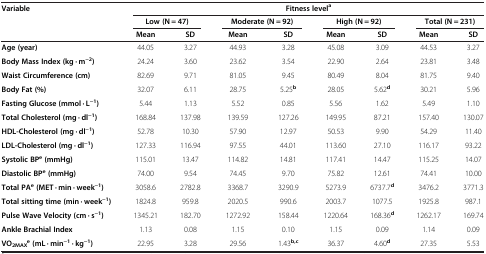
<table><thead><tr><td><b>Variable</b></td><td colspan="8"><b>Fitness level<sup>a</sup></b></td></tr><tr><td><b> </b></td><td colspan="2"><b>Low (N = 47)</b></td><td colspan="2"><b>Moderate (N = 92)</b></td><td colspan="2"><b>High (N = 92)</b></td><td colspan="2"><b>Total (N = 231)</b></td></tr><tr><td><b> </b></td><td><b>Mean</b></td><td><b>SD</b></td><td><b>Mean</b></td><td><b>SD</b></td><td><b>Mean</b></td><td><b>SD</b></td><td><b>Mean</b></td><td><b>SD</b></td></tr></thead><tbody><tr><td><b>Age (year)</b></td><td>44.05</td><td>3.27</td><td>44.93</td><td>3.28</td><td>45.08</td><td>3.09</td><td>44.53</td><td>3.27</td></tr><tr><td><b>Body Mass Index (kg · m</b><sup><b>−2</b></sup><b>)</b></td><td>24.24</td><td>3.60</td><td>23.62</td><td>3.54</td><td>22.90</td><td>2.64</td><td>23.81</td><td>3.48</td></tr><tr><td><b>Waist Circumference (cm)</b></td><td>82.69</td><td>9.71</td><td>81.05</td><td>9.45</td><td>80.49</td><td>8.04</td><td>81.75</td><td>9.40</td></tr><tr><td><b>Body Fat (%)</b></td><td>32.07</td><td>6.11</td><td>28.75</td><td>5.25<sup><b>b</b></sup></td><td>28.05</td><td>5.62<sup><b>d</b></sup></td><td>30.21</td><td>5.96</td></tr><tr><td><b>Fasting Glucose (mmol · L</b><sup><b>−1</b></sup><b>)</b></td><td>5.44</td><td>1.13</td><td>5.52</td><td>0.85</td><td>5.56</td><td>1.62</td><td>5.49</td><td>1.10</td></tr><tr><td><b>Total Cholesterol (mg · dl</b><sup><b>−1</b></sup><b>)</b></td><td>168.84</td><td>137.98</td><td>139.59</td><td>127.26</td><td>149.95</td><td>87.21</td><td>157.40</td><td>130.07</td></tr><tr><td><b>HDL-Cholesterol (mg · dl</b><sup><b>−1</b></sup><b>)</b></td><td>52.78</td><td>10.30</td><td>57.90</td><td>12.97</td><td>50.53</td><td>9.90</td><td>54.29</td><td>11.40</td></tr><tr><td><b>LDL-Cholesterol (mg · dl</b><sup><b>−1</b></sup><b>)</b></td><td>127.33</td><td>116.94</td><td>97.55</td><td>44.01</td><td>113.60</td><td>27.10</td><td>116.17</td><td>93.22</td></tr><tr><td><b>Systolic BP</b><sup><b>e </b></sup><b>(mmHg)</b></td><td>115.01</td><td>13.47</td><td>114.82</td><td>14.81</td><td>117.41</td><td>14.47</td><td>115.25</td><td>14.07</td></tr><tr><td><b>Diastolic BP</b><sup><b>e </b></sup><b>(mmHg)</b></td><td>74.00</td><td>9.54</td><td>74.45</td><td>9.70</td><td>75.82</td><td>12.61</td><td>74.41</td><td>10.00</td></tr><tr><td><b>Total PA</b><sup><b>e </b></sup><b>(MET · min · week</b><sup><b>−1</b></sup><b>)</b></td><td>3058.6</td><td>2782.8</td><td>3368.7</td><td>3290.9</td><td>5273.9</td><td>6737.7<sup><b>d</b></sup></td><td>3476.2</td><td>3771.3</td></tr><tr><td><b>Total sitting time (min · week</b><sup><b>−1</b></sup><b>)</b></td><td>1824.8</td><td>959.8</td><td>2020.5</td><td>990.6</td><td>2003.7</td><td>1077.5</td><td>1925.8</td><td>987.1</td></tr><tr><td><b>Pulse Wave Velocity (cm · s</b><sup><b>−1</b></sup><b>)</b></td><td>1345.21</td><td>182.70</td><td>1272.92</td><td>158.44</td><td>1220.64</td><td>168.36<sup><b>d</b></sup></td><td>1262.17</td><td>169.74</td></tr><tr><td><b>Ankle Brachial Index</b></td><td>1.13</td><td>0.08</td><td>1.15</td><td>0.10</td><td>1.15</td><td>0.09</td><td>1.14</td><td>0.09</td></tr><tr><td><b>VO</b><sub><b>2MAX</b></sub><sup><b>e </b></sup><b>(mL · min</b><sup><b>−1</b></sup> <b>· kg</b><sup><b>−1</b></sup><b>)</b></td><td>22.95</td><td>3.28</td><td>29.56</td><td>1.43<sup><b>b,c</b></sup></td><td>36.37</td><td>4.60<sup><b>d</b></sup></td><td>27.35</td><td>5.53</td></tr></tbody></table>